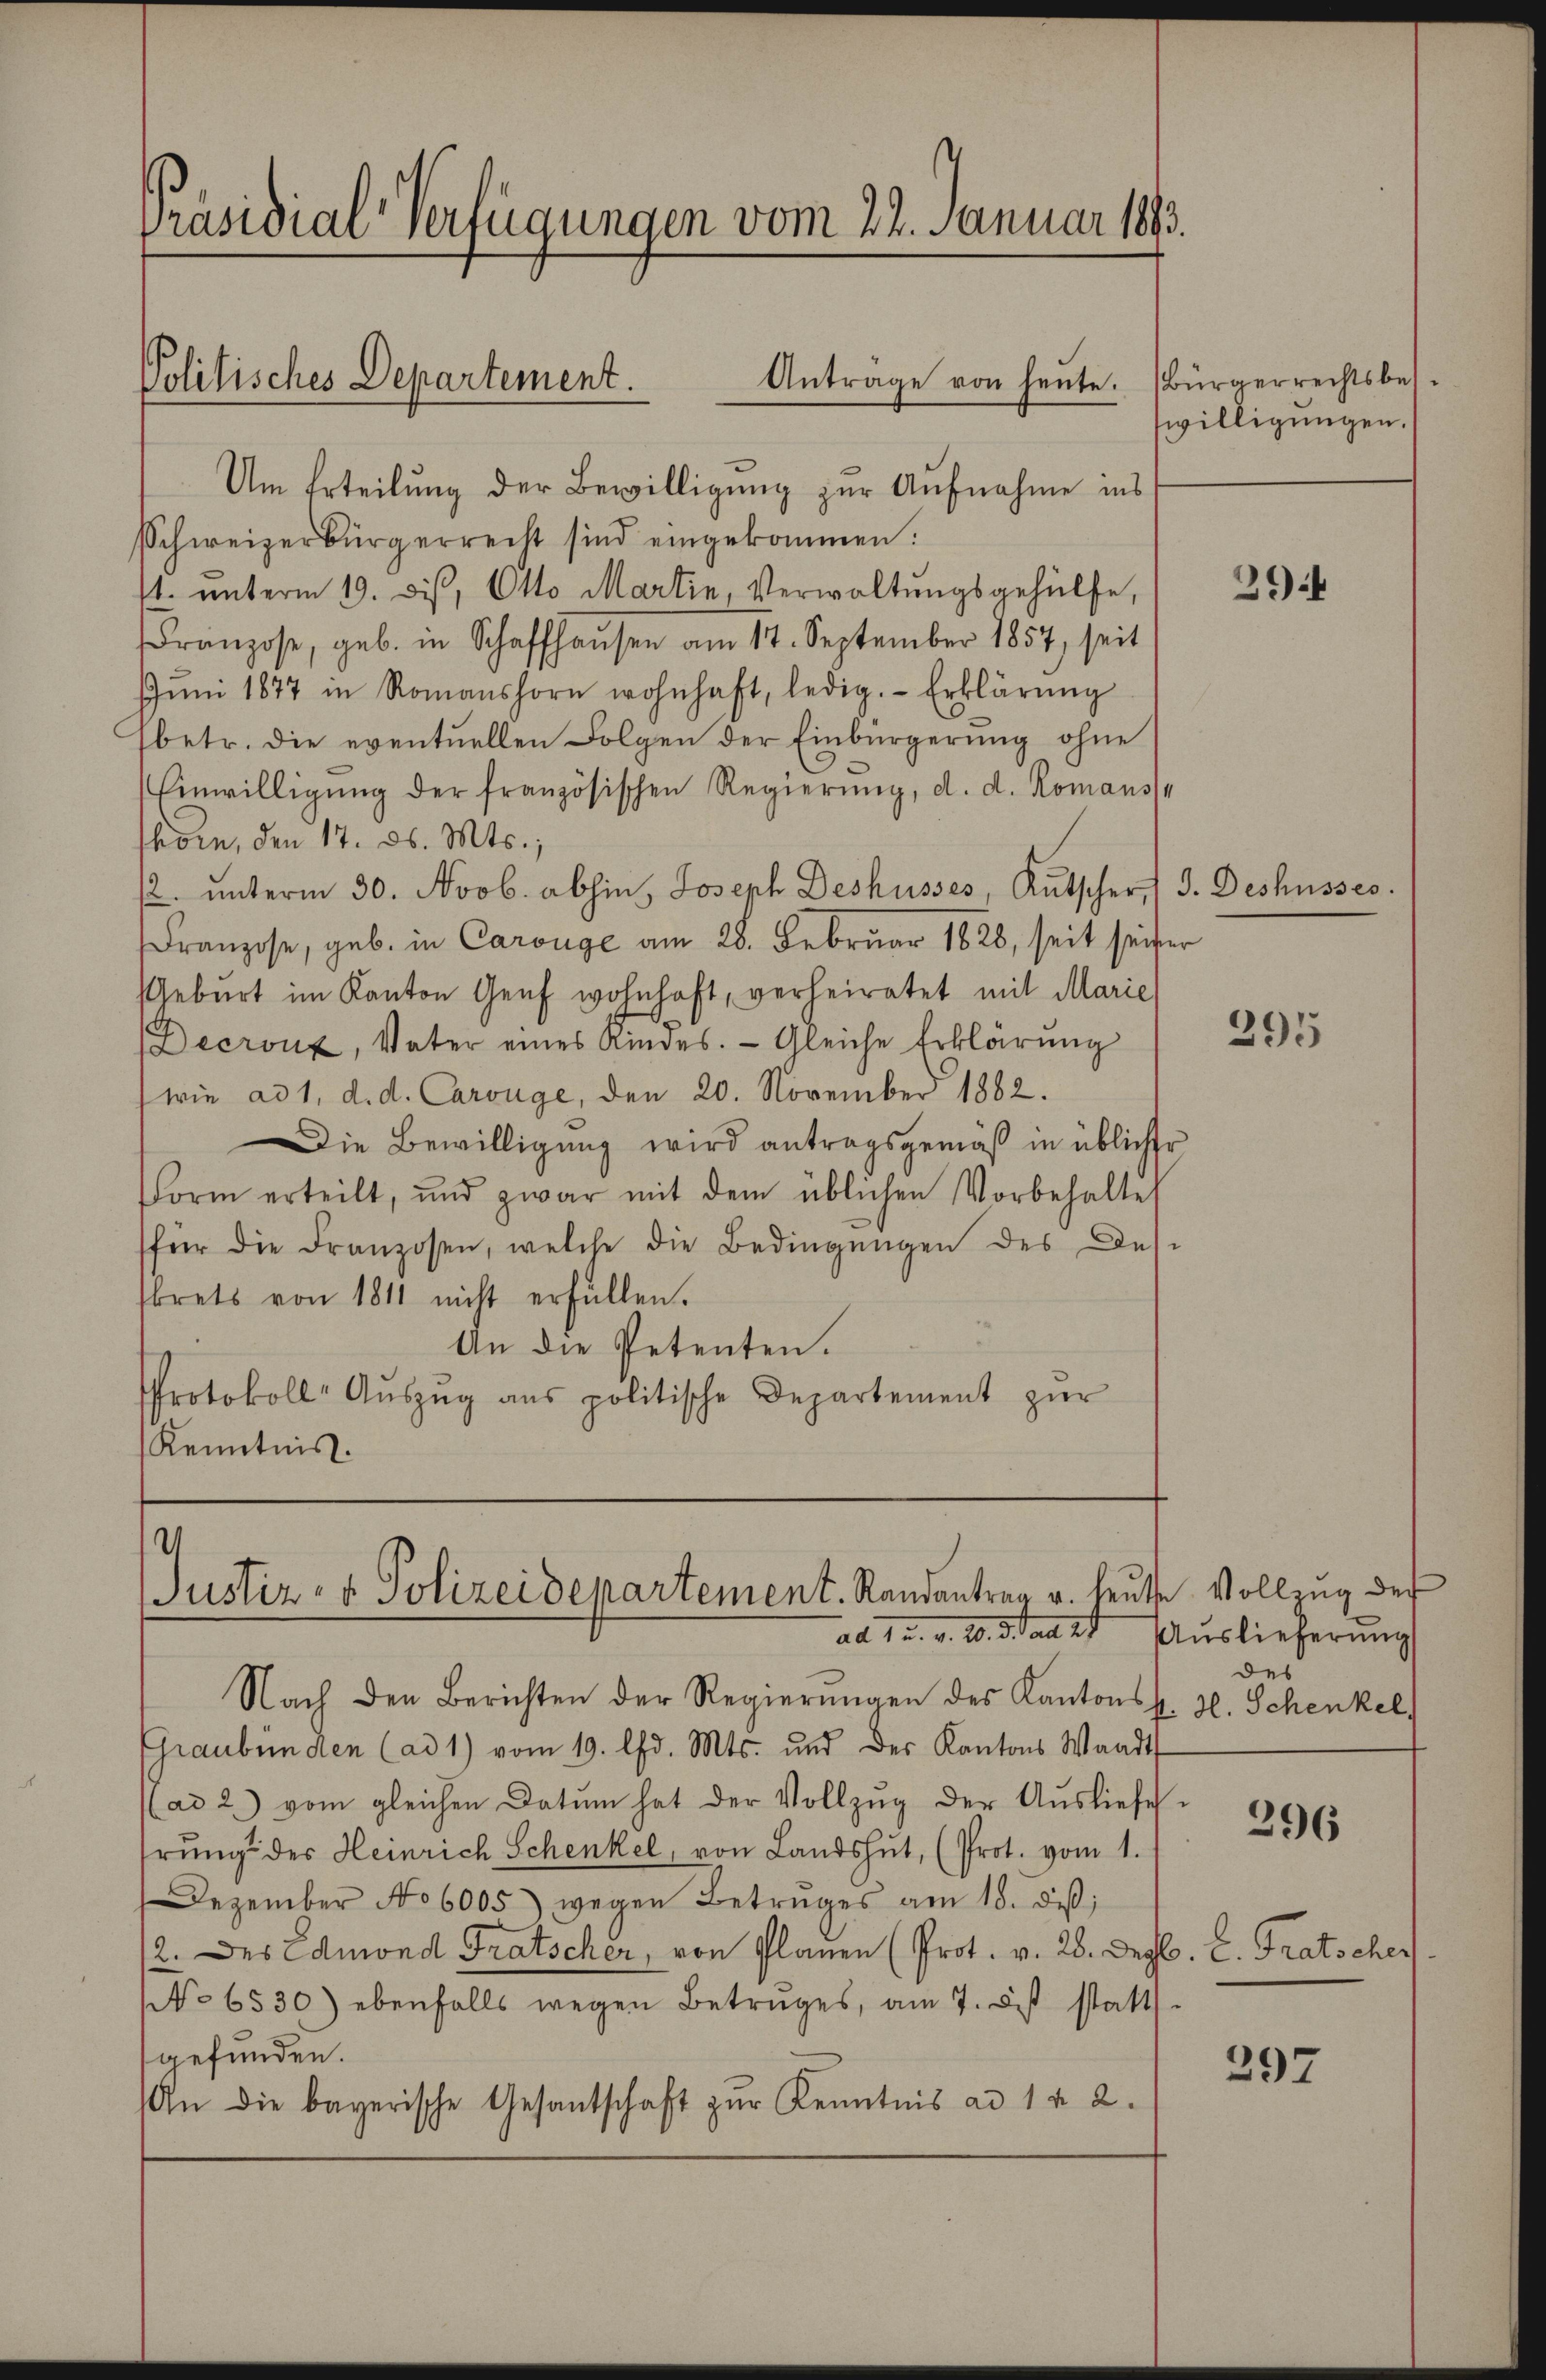
Um Erteilung der Bewilligung zur Aufnahme ins
Schweizerbürgerrecht sind eingekommen.
11. unterm 19. dis, Otto Martin, Verwaltungsgehülfe,
Franzose, geb. in Schaffhausen am 17. September 1857 seit
Jŭni 1877 in Romanshorn wohnhaft, ledig. Erklärŭng
(betr. die eventuellen Folgen der Einbürgerŭng ohne
Einwilligŭng der französischen Regierŭng, d. d. Romans
shorn, den 17. d. Mts.,
12. ŭnterm 30. Novb. abhin, Joseph Deshusses, Kŭtscher, 3. Deshusses.
Franzose, geb. in Carouge am 28. Februar 1828, seit seiter
Geburt im Kanton Genf wohnhaft, verheiratet mit Marie
Decront, Vater eines Kindes. Gleiche Erklärung
wie ad 1, d. d. Carouge, den 20. November 1882.
Die Bewilligung wird antragsgemäß in üblicher
Form erteilt, und zwar mit dem üblichen Vorbehalte
für die Franzosen, welche die Bedingungen des Des-
skrets von 1811 nicht erfüllen.
An die Petenten.
Protokoll-Aŭszŭg ans politische Departement zŭr
Kenntnis.

Präsidial-Verfügungen vom 22. Januar 1893.

Politisches Departement.
Anträge von heute

4
Justiz- & Polizeidepartement. Randantrag u. heute Vollzug der
ad 1 u. v. 20. Staat Auslieferung

Nach den Berichten der Regierungen des Kantons. Hl. Schenkel,
Graubünden (ad 1) vom 19. d. Mts. und des Kantons Waadt
(ad 2. vom gleichen Datum hat der Vollzŭg der Aŭsliefe
hrŭng der Heinrich Schenkel, von Landshŭt, (Prot. vom 1.
Dezember No 6005) wegen Betruges am 18. des;
12. des Edmond Fratscher, von Planen (Prot. v. 28. Dez. E. Fratscher
No 6530) ebenfalls wegen Betruges, am 7. ds statt
gefunden.
An die bayerische Gesantschaft zur Kenntnis ad 1 & 2.

. Bürgerrechtsbes.
willigungen.

294

295

des

296

297